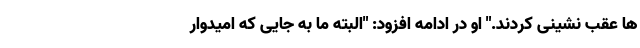
ها عقب نشینی کردند." او در ادامه افزود: "البته ما به جایی که امیدوار